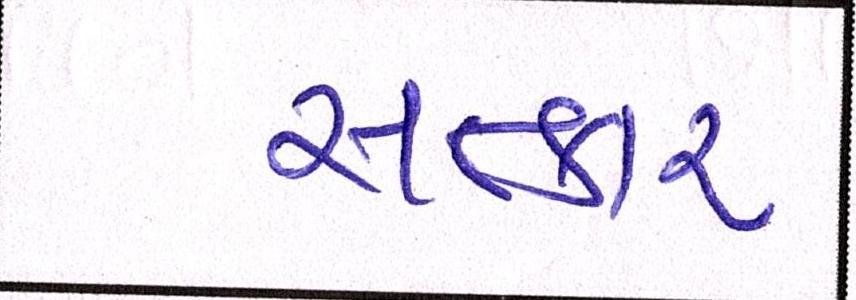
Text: સત્કાર